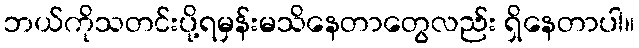
ဘယ်ကိုသတင်းပို့ရမှန်းမသိနေတာတွေလည်း ရှိနေတာပါ။